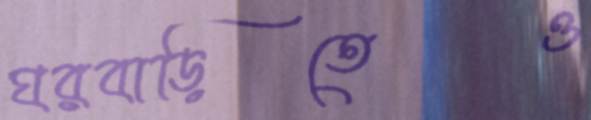
ঘরবাড়িতেও